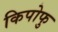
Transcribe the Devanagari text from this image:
किपोफु